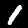
Label: 1